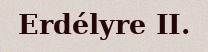
Erdélyre II.